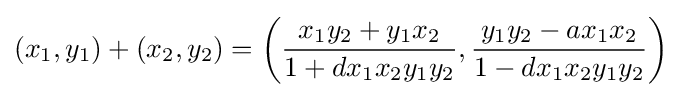
(x_{1},y_{1})+(x_{2},y_{2})=\left({\frac {x_{1}y_{2}+y_{1}x_{2}}{1+dx_{1}x_{2}y_{1}y_{2}}},{\frac {y_{1}y_{2}-ax_{1}x_{2}}{1-dx_{1}x_{2}y_{1}y_{2}}}\right)